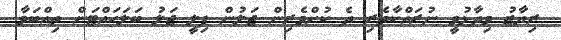
ރިޔާޒު ވިދާޅުވީ ނުރައްކާތެރި ދެ ކުށްވެރިން ޖަލުން ފިލީ ޖަލު ބަލަހައްޓަން ތިއްބަވާ